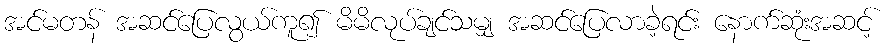
အင်မတန် အဆင်ပြေလွယ်ကူ၍ မိမိလုပ်ချင်သမျှ အဆင်ပြေလာခဲ့ရင်း နောက်ဆုံးအဆင့်